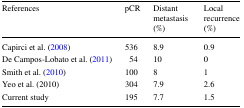
<table><thead><tr><td><b>References</b></td><td><b>pCR</b></td><td><b>Distant metastasis (%)</b></td><td><b>Local recurrence (%)</b></td></tr></thead><tbody><tr><td>Capirci et al. (2008)</td><td>536</td><td>8.9</td><td>0.9</td></tr><tr><td>De Campos-Lobato et al. (2011)</td><td>54</td><td>10</td><td>0</td></tr><tr><td>Smith et al. (2010)</td><td>100</td><td>8</td><td>1</td></tr><tr><td>Yeo et al. (2010)</td><td>304</td><td>7.9</td><td>2.6</td></tr><tr><td>Current study</td><td>195</td><td>7.7</td><td>1.5</td></tr></tbody></table>